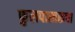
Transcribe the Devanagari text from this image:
फुलपाखरूचा